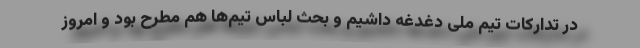
در تدارکات تیم ملی دغدغه داشیم و بحث لباس تیم‌ها هم مطرح بود و امروز